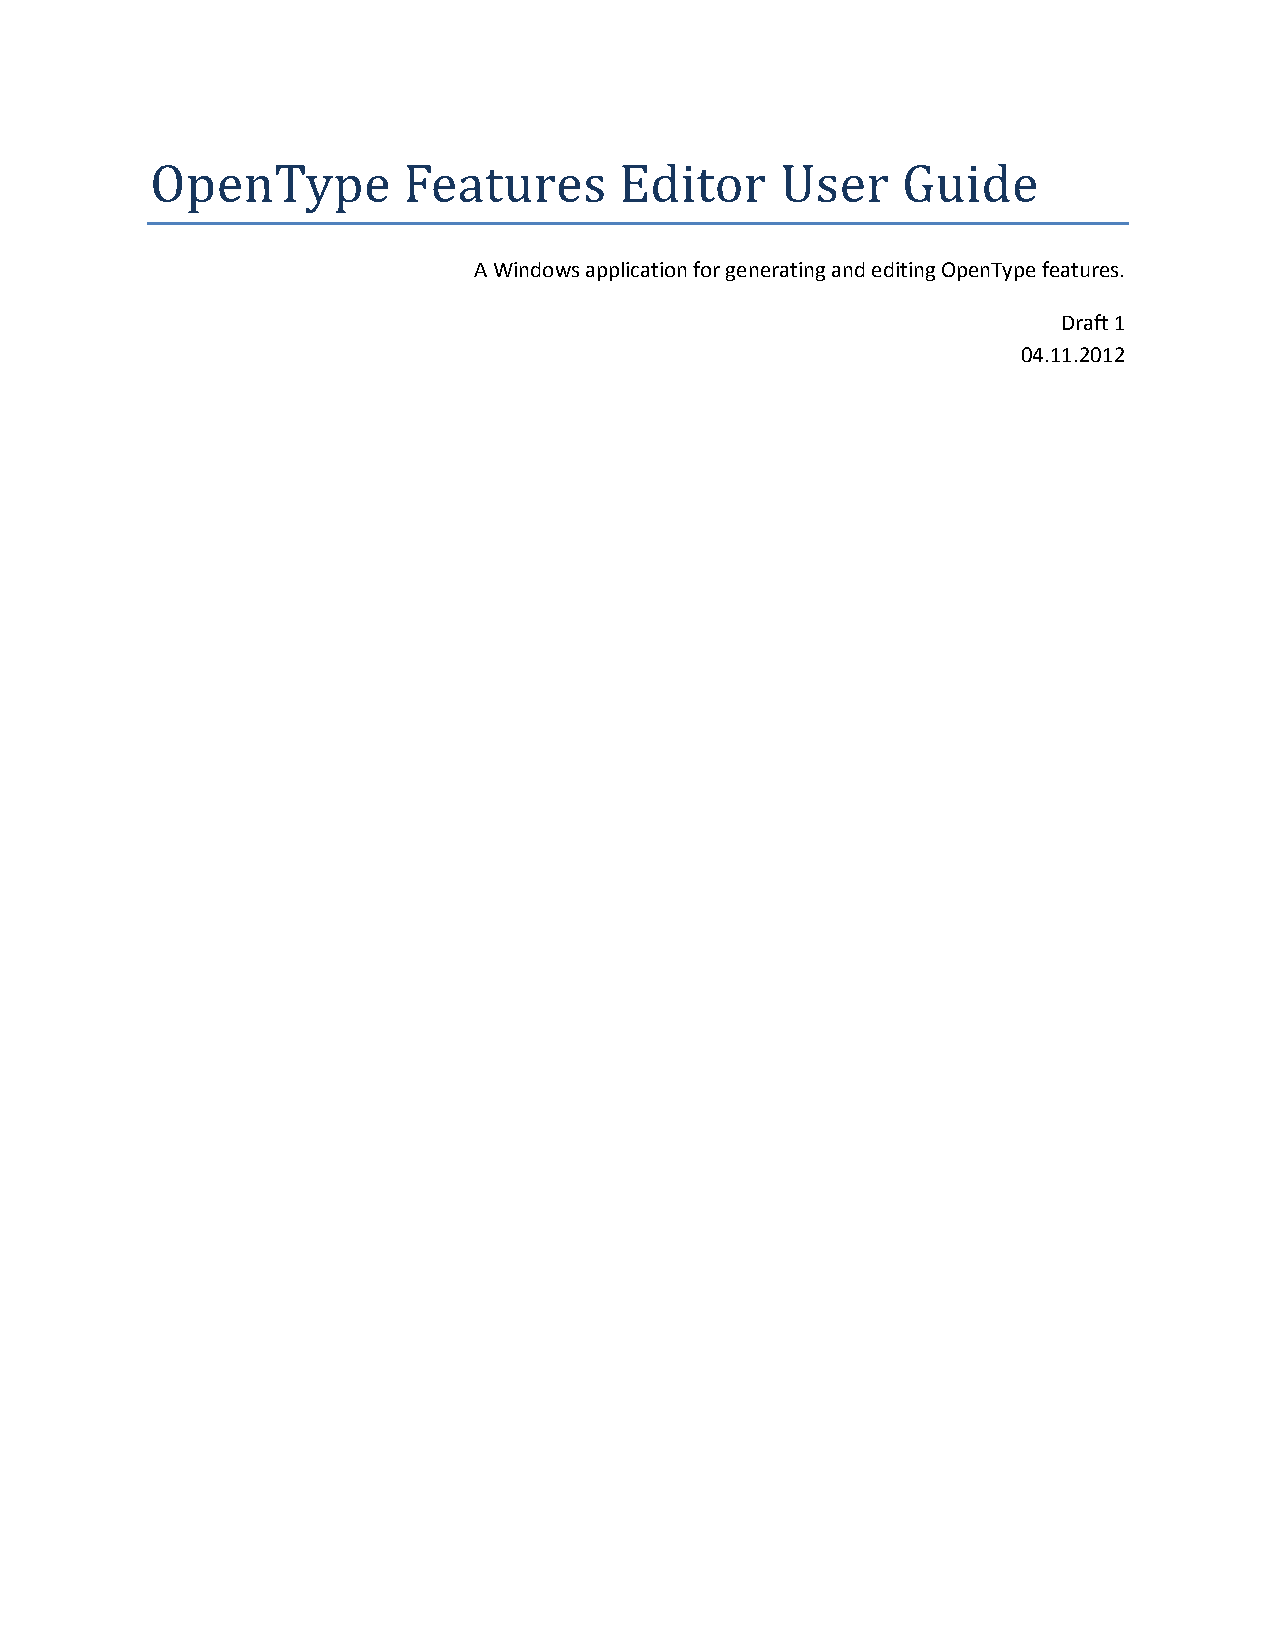
OpenType         Features      Editor     User    Guide
 A Windows application for generating and editing OpenType features.
 Draft 1
 04.11.2012